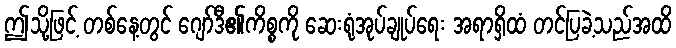
ဤသို့ဖြင့် တစ်နေ့တွင် ဂျော်ဒီ၏ကိစ္စကို ဆေးရုံအုပ်ချုပ်ရေး အရာရှိထံ တင်ပြခဲ့သည်အထိ